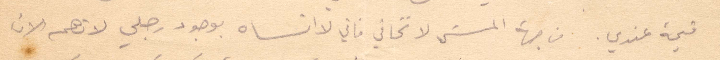
قيمة عندي. من جهة المشي لا تخافي فاني لا انساه بوجود رجلي لا تهم الان